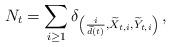
LaTeX: \begin{align*}N_t=\sum_{i\geq 1}\delta_{\left(\frac{i}{\widetilde{d}(t)},\widetilde{X}_{t,i},\widetilde{Y}_{t,i}\right)}\,,\end{align*}